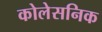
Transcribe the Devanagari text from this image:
कोलेसनिक